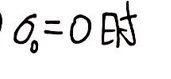
$\sigma_0 = 0 $时